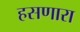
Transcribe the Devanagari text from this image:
हसणारा